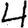
Digit: 4